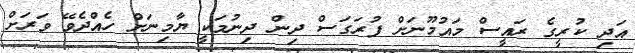
އަދި ކުރީގެ ރައީސް މައުމޫނަށް ފުރަގަސް ދިން ދިނުމަކީ ޔާމިނަށް ހެއްދެވޭ ވަރަށް